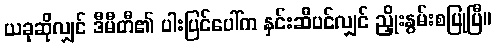
ယခုဆိုလျှင် ဒီမီတီ၏ ပါးပြင်ပေါ်က နှင်းဆီပင်လျှင် ညှိုးနွမ်းစပြုပြီ။